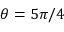
\theta = 5 \pi / 4